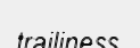
trailiness